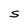
Character: S